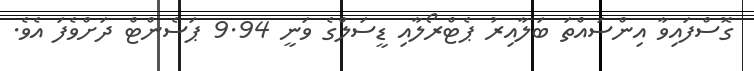
ގޮސްފައިވާ އިންސައްތަ ބަލާއިރު ޕެޓްރޯލާއި ޑީސަލްގެ ވަނީ 9.94 ޕަސެންޓް ދަށްވެފަ އެވެ.